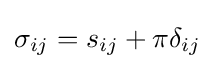
\sigma _{ij}=s_{ij}+\pi \delta _{ij}